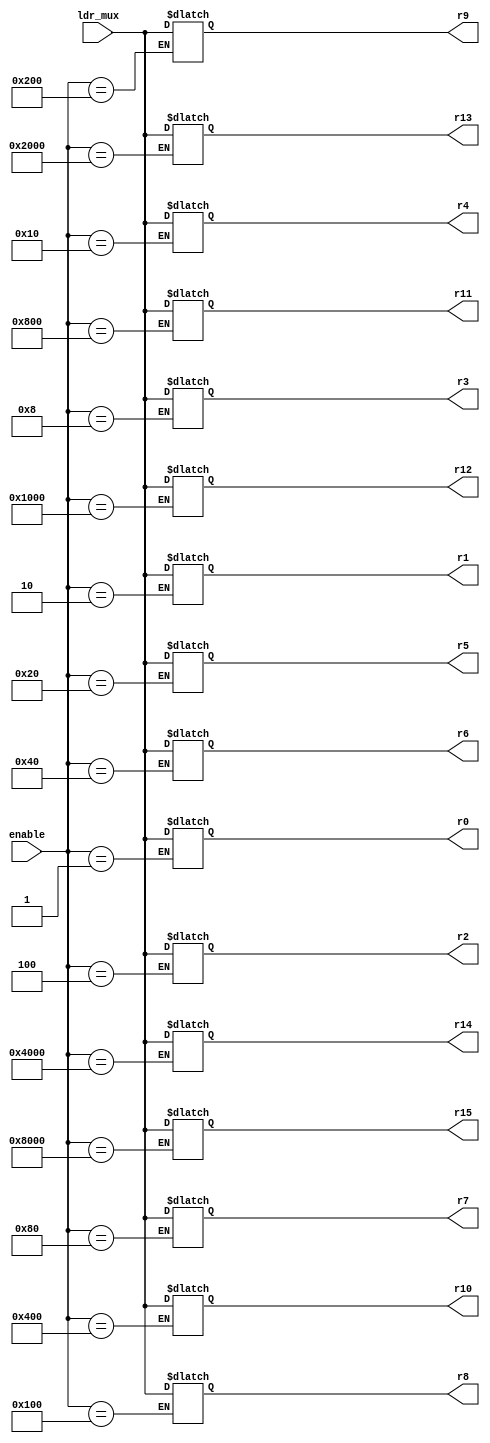
module registers(enable, ldr_mux, r0, r1, r2, r3, r4, r5, r6, r7, r8, r9, r10, r11, r12, r13, r14, r15);
	input [15:0] enable;
	input [31:0] ldr_mux;
	output reg [31:0] r0, r1, r2, r3, r4, r5, r6, r7, r8, r9, r10, r11, r12, r13, r14, r15;

	always@*
	begin
		case(enable)
		16'b0000000000000001: r0=ldr_mux;
		16'b0000000000000010: r1=ldr_mux;
		16'b0000000000000100: r2=ldr_mux;
		16'b0000000000001000: r3=ldr_mux;
		16'b0000000000010000: r4=ldr_mux;
		16'b0000000000100000: r5=ldr_mux;
		16'b0000000001000000: r6=ldr_mux;
		16'b0000000010000000: r7=ldr_mux;
		16'b0000000100000000: r8=ldr_mux;
		16'b0000001000000000: r9=ldr_mux;
		16'b0000010000000000: r10=ldr_mux;
		16'b0000100000000000: r11=ldr_mux;
		16'b0001000000000000: r12=ldr_mux;
		16'b0010000000000000: r13=ldr_mux;
		16'b0100000000000000: r14=ldr_mux;
		16'b1000000000000000: r15=ldr_mux;
		endcase
	end
endmodule